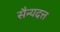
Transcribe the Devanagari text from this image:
सैन्यदत्त